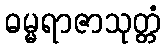
ဓမ္မရာဇာသုတ္တံ